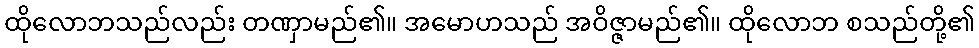
ထိုလောဘသည်လည်း တဏှာမည်၏။ အမောဟသည် အဝိဇ္ဇာမည်၏။ ထိုလောဘ စသည်တို့၏